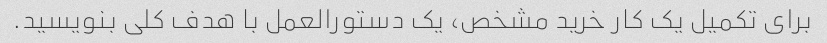
برای تکمیل یک کار خرید مشخص، یک دستورالعمل با هدف کلی بنویسید.